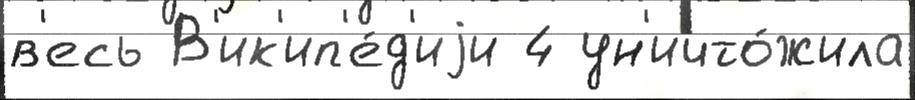
в'есь В'ик'ип'е́д'иjи 4 ун'ичто́жила